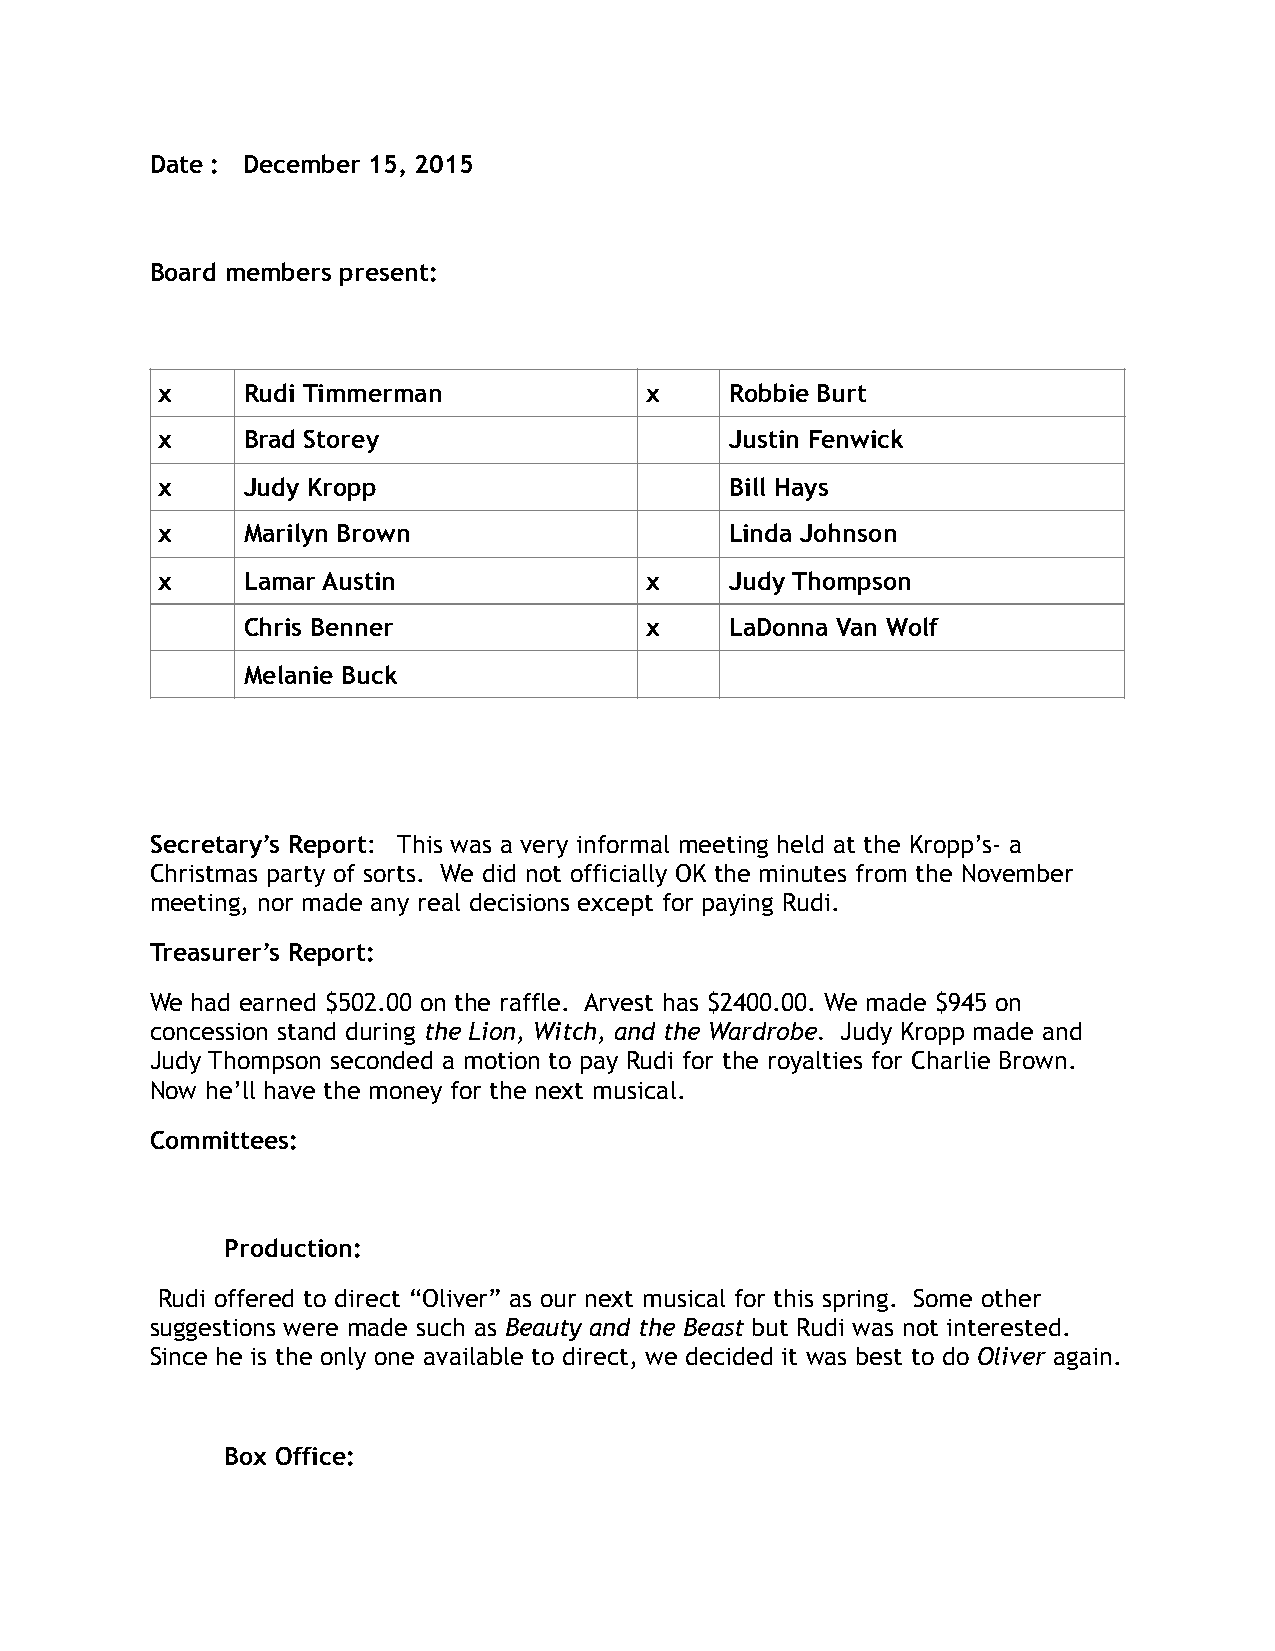
Date : December 15, 2015
 Board members present:
 x     Rudi Timmerman             x    Robbie Burt
 x     Brad Storey                     Justin Fenwick
 x     Judy Kropp                      Bill Hays
 x     Marilyn Brown                   Linda Johnson
 x     Lamar Austin               x    Judy Thompson
 Chris Benner               x    LaDonna Van Wolf
 Melanie Buck
 Secretary’s Report: This was a very informal meeting held at the Kropp’s- a
 Christmas party of sorts. We did not officially OK the minutes from the November
 meeting, nor made any real decisions except for paying Rudi.
 Treasurer’s Report:
 We had earned $502.00 on the raffle. Arvest has $2400.00. We made $945 on
 concession stand during the Lion, Witch, and the Wardrobe. Judy Kropp made and
 Judy Thompson seconded a motion to pay Rudi for the royalties for Charlie Brown.
 Now he’ll have the money for the next musical.
 Committees:
 Production:
 Rudi offered to direct “Oliver” as our next musical for this spring. Some other
 suggestions were made such as Beauty and the Beast but Rudi was not interested.
 Since he is the only one available to direct, we decided it was best to do Oliver again.
 Box Office: